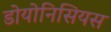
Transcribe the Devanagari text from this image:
डोयोनिसियस